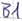
Text: B1